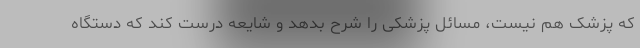
که پزشک هم نیست، مسائل پزشکی را شرح بدهد و شایعه درست کند که دستگاه